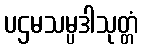
ပဌမသမ္ပဒါသုတ္တံ